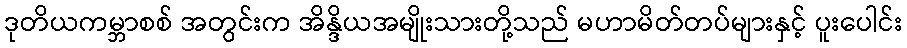
ဒုတိယကမ္ဘာစစ် အတွင်းက အိန္ဒိယအမျိုးသားတို့သည် မဟာမိတ်တပ်များနှင့် ပူးပေါင်း